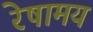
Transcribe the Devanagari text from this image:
रेषामय